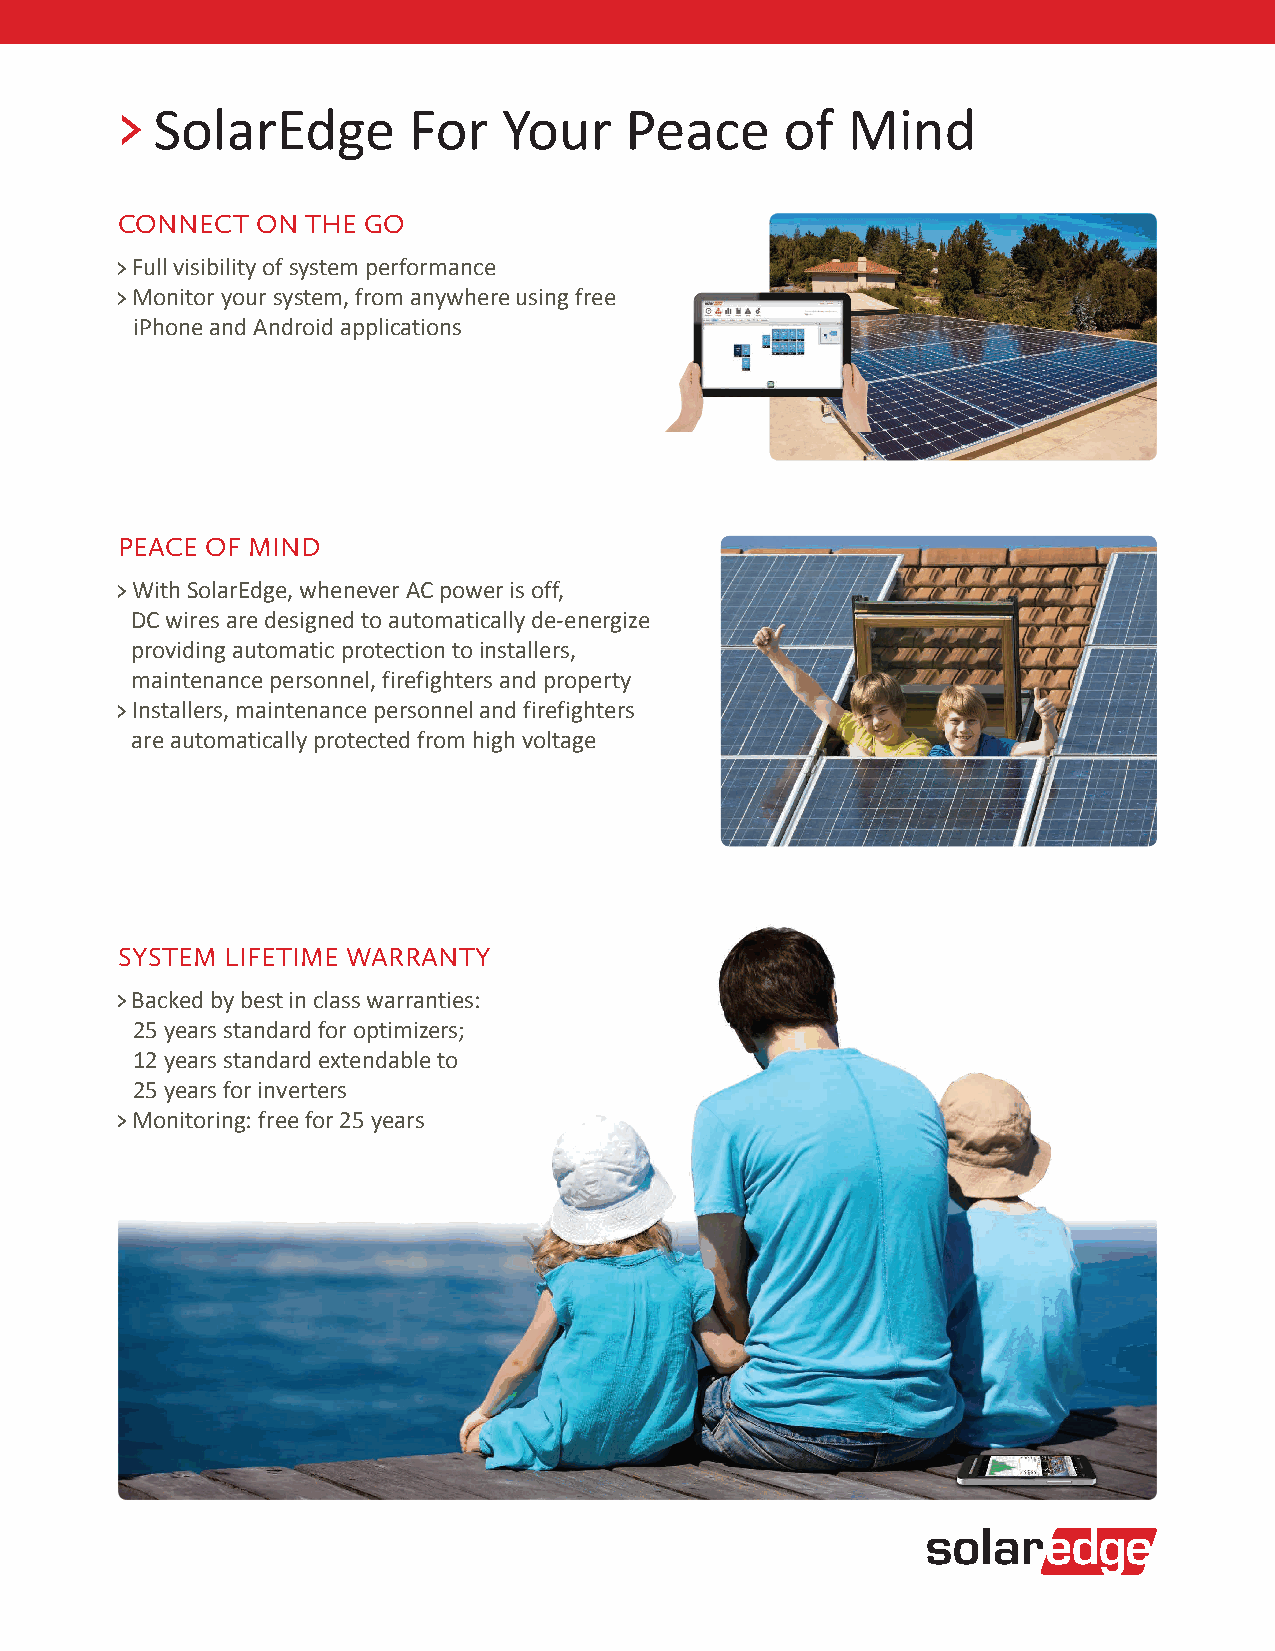
SolarEdge        For   Your    Peace      of  Mind
 CONNECT  ON THE GO
 Full visibility of system performance
 Monitor your system, from anywhere using free
 iPhone and Android applications
 PEACE OF MIND
 With SolarEdge, whenever AC power is off,
 DC wires are designed to automatically de-energize
 providing automatic protection to installers,
 maintenance personnel, firefighters and property
 Installers, maintenance personnel and firefighters
 are automatically protected from high voltage
 SYSTEM LIFETIME WARRANTY
 Backed by best in class warranties:
 25 years standard for optimizers;
 12 years standard extendable to
 25 years for inverters
 Monitoring: free for 25 years